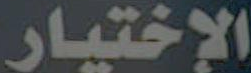
الإختيار